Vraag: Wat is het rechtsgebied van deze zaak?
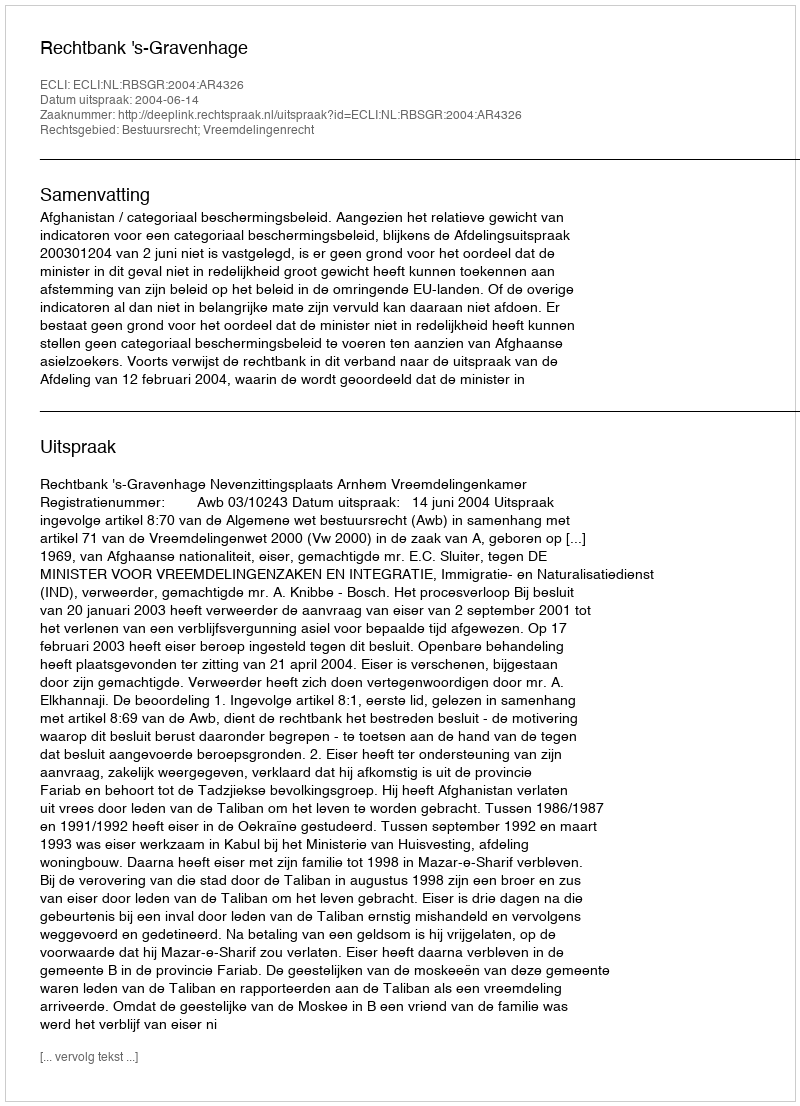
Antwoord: Bestuursrecht; Vreemdelingenrecht